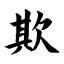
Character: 欺